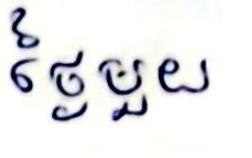
ថ្ងៃមួយ